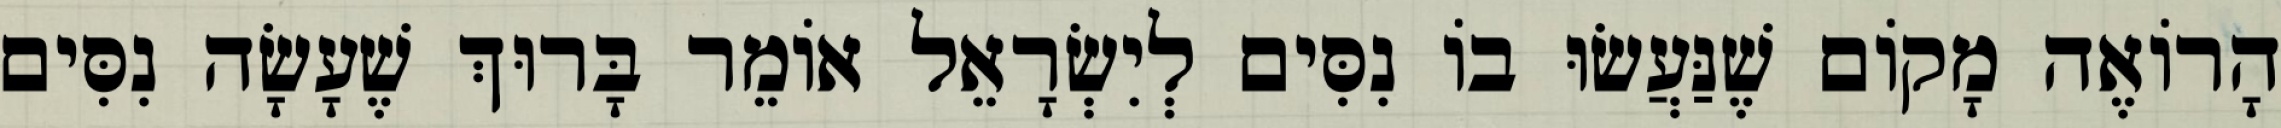
הָרוֹאֶה מָקוֹם שֶׁנַּעֲשׂוּ בוֹ נִסִּים לְיִשְׂרָאֵל אוֹמֵר בָּרוּךְ שֶׁעָשָׂה נִסִּים